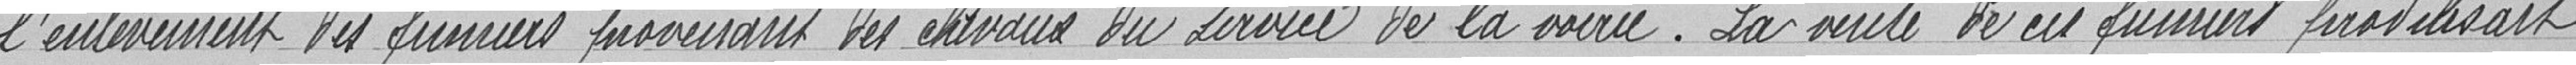
l'enlèvement des fumiers provenant des chevaux du service de la voirie. La vente de ces fumiers produisait